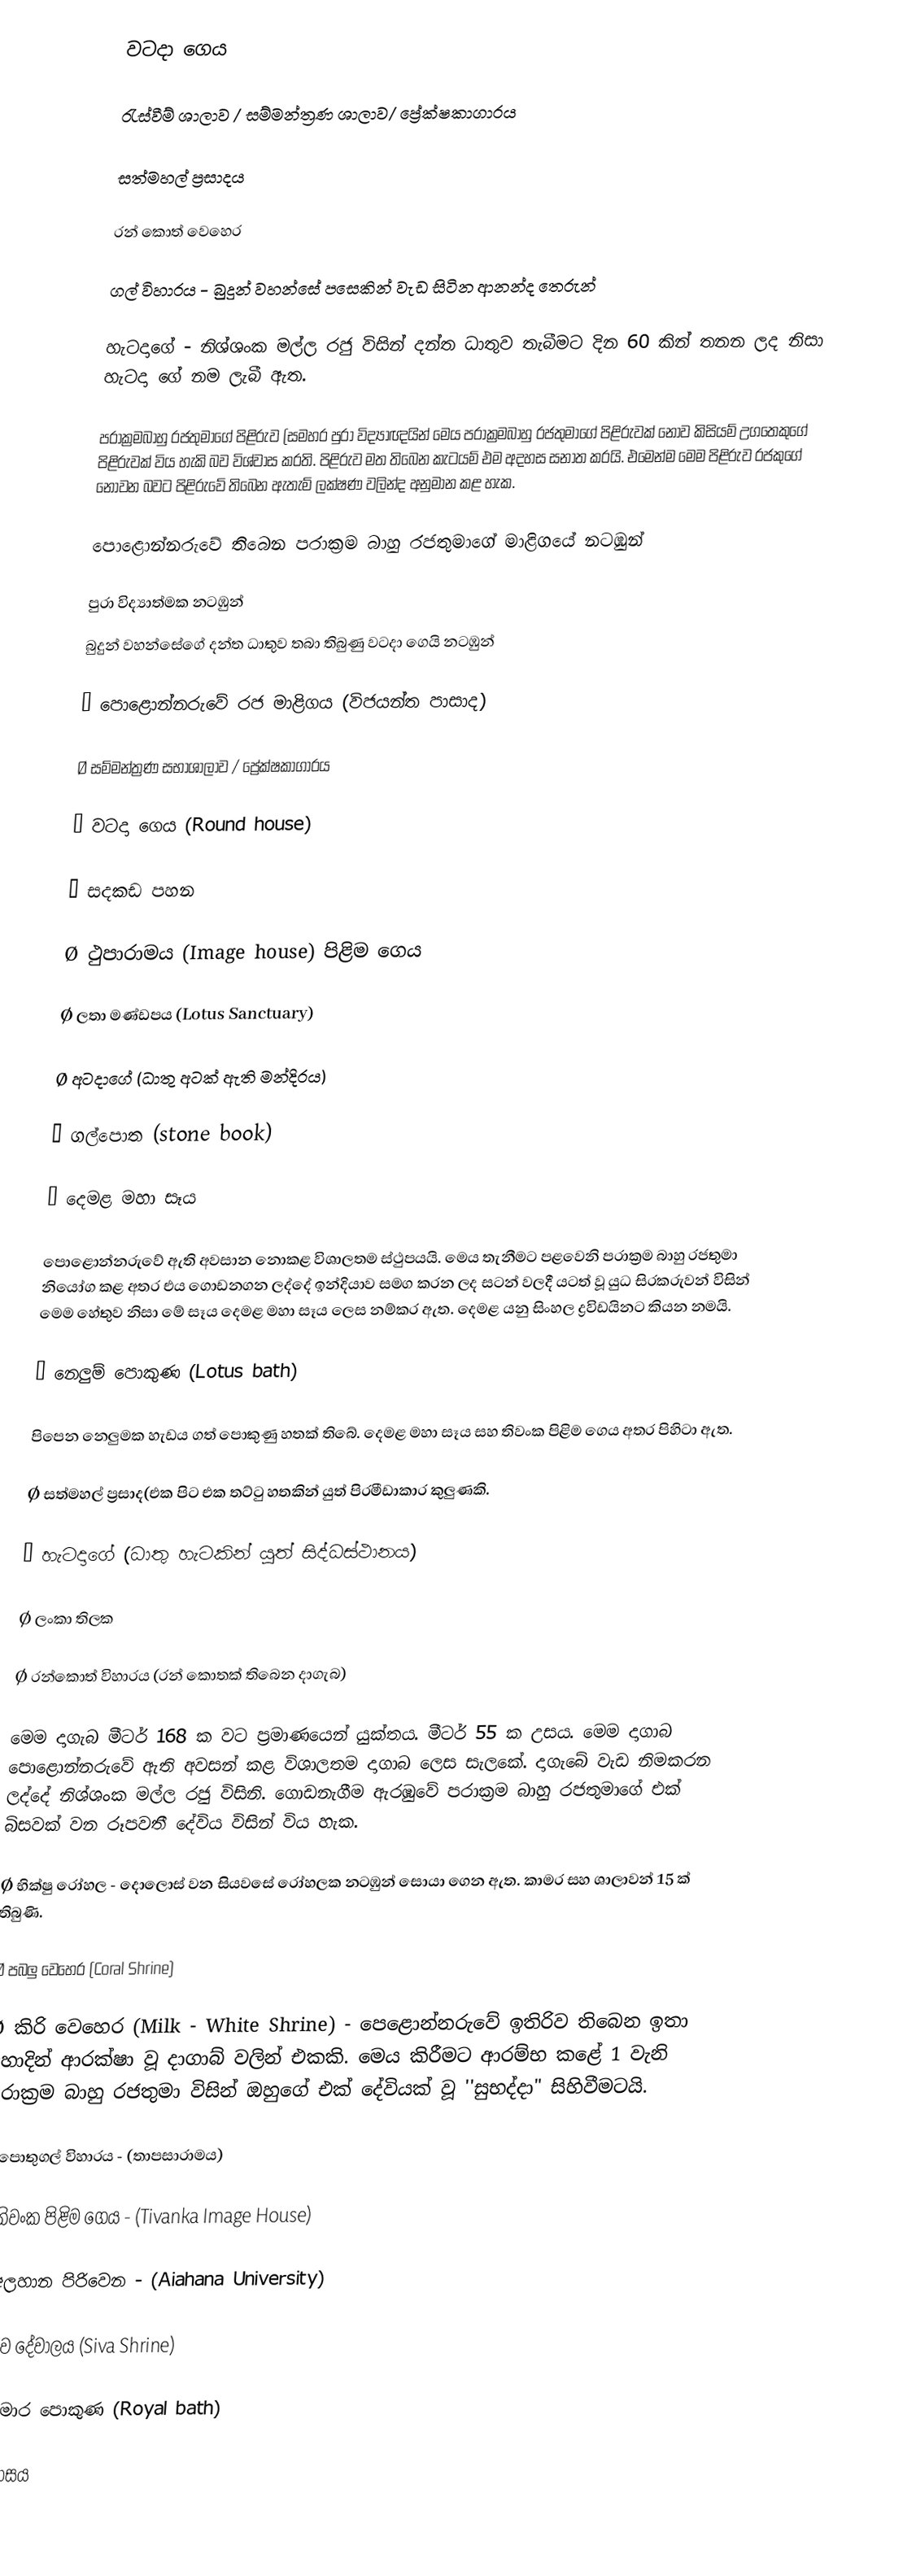
වටදා ගෙය

රැස්වීම් ශාලාව / සම්මන්ත්‍රණ ශාලාව/ ප්‍රේක්ෂකාගාරය

සත්මහල් ප්‍රසාදය

රන් කොත් වෙහෙර

ගල් විහාරය - බුදුන් වහන්සේ පසෙකින් වැඩ සිටින ආනන්ද තෙරුන්

හැටදාගේ - නිශ්ශංක මල්ල රජු විසින් දන්ත ධාතුව තැබීමට දින 60 කින් තනන ලද නිසා  හැටදා ගේ නම ලැබී ඇත.

පරාක්‍රමබාහු රජතුමාගේ පිළිරුව (සමහර පුරා විද්‍යාඥයින් මෙය පරාක්‍රමබාහු රජතුමාගේ පිළිරුවක් නොව කිසියම් උගතෙකුගේ පිළිරුවක් විය හැකි බව විශ්වාස කරති. පිළිරුව මත තිබෙන කැටයම් එම අදහස සනාත කරයි. එමෙන්ම මෙම පිළිරුව රජකුගේ නොවන බවට පිළිරුවේ තිබෙන ඇතැම් ලක්ෂණ වලින්ද අනුමාන කළ හැක.

පොළොන්නරුවේ තිබෙන පරාක්‍රම බාහු රජතුමාගේ මාළිගයේ නටඹුන්

පුරා විද්‍යාත්මක නටඹුන්
	බුදුන් වහන්සේගේ දන්ත ධාතුව තබා තිබුණු  වටදා ගෙයි නටඹුන්

Ø	පොළොන්නරුවේ රජ මාළිගය (විජයන්ත පාසාද)

Ø	සම්මන්ත්‍රණ සභාශාලාව / ප්‍රේක්ෂකාගාරය

Ø	වටදා ගෙය (Round house)

Ø	සදකඩ පහන

Ø	ථුපාරාමය (Image house) පිළිම ගෙය

Ø	ලතා මණ්ඩපය (Lotus Sanctuary)

Ø	අටදාගේ (ධාතු අටක් ඇති මන්දිරය)

Ø	ගල්පොත (stone book)

Ø	දෙමළ මහා සෑය

පොළොන්නරුවේ ඇති අවසාන නොකළ විශාලතම ස්ථුපයයි. මෙය තැනීමට පළවෙනි පරාක්‍රම බාහු	 රජතුමා නියෝග කළ අතර එය ගොඩනගන ලද්දේ ඉන්දියාව සමග කරන ලද සටන් වලදී යටත් වූ යුධ සිරකරුවන් විසින් මෙම හේතුව නිසා මේ සෑය දෙමළ මහා සෑය ලෙස නම්කර ඇත. දෙමළ යනු සිංහල ද්‍රවිඩයිනට කියන නමයි.

Ø	නෙලුම් පොකුණ (Lotus bath)

පිපෙ‍න නෙලුමක හැඩය ගත් පොකුණු හතක් තිබේ. දෙමළ මහා සෑය සහ තිවංක පිළිම ගෙය අතර පිහිටා ඇත.

Ø	සත්මහල් ප්‍රසාද(එක පිට එක තට්ටු හතකින් යුත් පිරමීඩාකාර කුලුණකි.

Ø	හැටදාගේ (ධාතු හැටකින් යුත් සිද්ධස්ථානය)

Ø	ලංකා තිලක

Ø	රන්කොත් විහාරය (රන් කොතක් තිබෙන දාගැබ)

මෙම දාගැබ මීටර් 168 ක වට ප්‍රමාණයෙන් යුක්තය. මීටර් 55 ක උසය. මෙම දාගාබ පොළොන්නරුවේ ඇති අවසන් කළ විශාලතම දාගාබ ලෙස සැලකේ. දාගැබේ වැඩ නිමකරන ලද්දේ නිශ්ශංක මල්ල රජු විසිනි. ගොඩනැගීම ඇරඹුවේ පරාක්‍රම බාහු රජතුමාගේ එක් බිසවක් වන රූප‍වතී දේවිය විසින් විය හැක.

Ø	භික්ෂු රෝහල - දොලොස් වන සියවසේ රෝහලක නටඹුන් සොයා ගෙන ඇත. කාමර සහ ශාලාවන් 15 ක් තිබුණි.

Ø	පබලු වෙහෙර  (Coral Shrine)

Ø	කිරි වෙහෙර (Milk - White Shrine) - පෙළොන්නරුවේ ඉතිරිව ති‍බෙන ඉතා හොදින්  ආරක්ෂා වූ දාගාබ් වලින් එකකි. මෙය කිරීමට ආරම්භ කළේ 1 වැනි පරාක්‍රම බාහු රජතුමා විසින් ඔහුගේ එක් දේවියක් වූ ''සුභද්දා" සිහිවීමටයි.

Ø	පොතුගල් විහාරය - (තාපසාරාමය)

Ø	තිවංක පිළිම ගෙය - (Tivanka Image House)

Ø	අලහාන පිරිවෙන - (Aiahana University)

Ø	ශිව ‍දේවාලය (Siva Shrine)

Ø	කුමාර පොකුණ (Royal bath)

 ඉතිහාසය